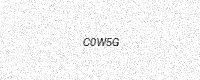
Text: C0W5G